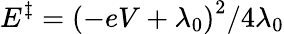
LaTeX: E^{\ddagger}=\left(-eV+\lambda_{0}\right)^{2}/4\lambda_{0}